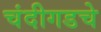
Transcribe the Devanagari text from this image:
चंदीगडचे